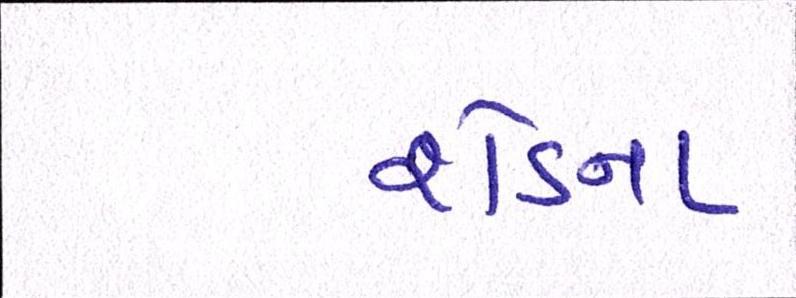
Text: શેડના